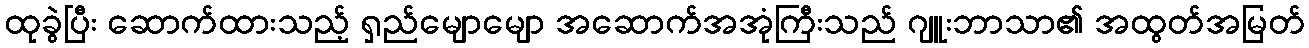
ထုခွဲပြီး ဆောက်ထားသည့် ရှည်မျောမျော အဆောက်အအုံကြီးသည် ဂျူးဘာသာ၏ အထွတ်အမြတ်